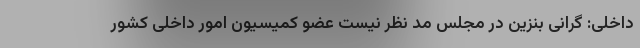
داخلی: گرانی بنزین در مجلس مد نظر نیست عضو کمیسیون امور داخلی کشور